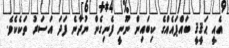
އެއީ ޙަޤީޤީ ބައްޕައެއްގެ ކިބައިން ނޫނީ ފެނިގެން ނުދާނެ ފަދަ އަސަރު ތަކެކެވެ.